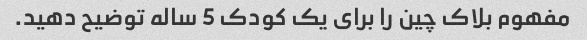
مفهوم بلاک چین را برای یک کودک 5 ساله توضیح دهید.